Annual report of the Central Committee of the Association together with the report of the directors of the Pasteur Institute at Kasauli
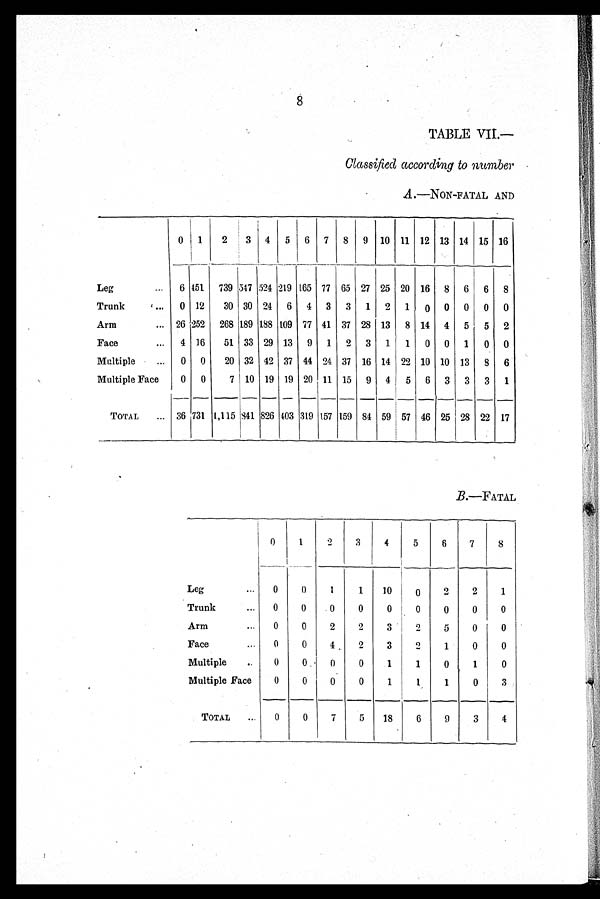
0
1
2
3
4
5
6
7
8
0
0
1
1
10
0
2
2
1
0
0
0
0
0
0
0
0
0
0
0
2
2
3
2
5
0
0
0
0
4
2
3
2
1
0
0
0
0
0
0
1
1
0
1
0
0
0
0
0
1
1
1
0
3
0
0
7
5
18
6
9
3
4
Leg
Trunk
Arm
Face
Multiple
Multiple Face
TOTAL
8
TABLE VII.—
Classified according to number
A.—NON-FATAL AND
0
1
2
3 4
5
6
7
8
9 10 11 12 13 14 15 16
1
Leg
...
6 151
739 547 524 219 165 77 65 27 25 20 16
8
6
6
8
Trunk
, ...
0 12
30 30
2 4 6
4
3
3
1
2
1
0 0
0
0
0
Arm
... 26 252
268 189 188 109 77 41 37 28 13
8 14
4
5
5
2
Pace
...
4 16
51 33 29 13
9
1
2
3
1
1 0 0 1 0 0
Multiple
0
0
20 32 42 37 44 24 37 16 14 22 10 10 13
8
6
Multiple Face
0
0
7 10 19 19 20 11 15 9 4 5 6 3 3 3 1
-- —
TOTAL
...
36 731 1,115 841 826 403 :319 157 159 84 59 57 46 25 28 22 17
B.—FATAL